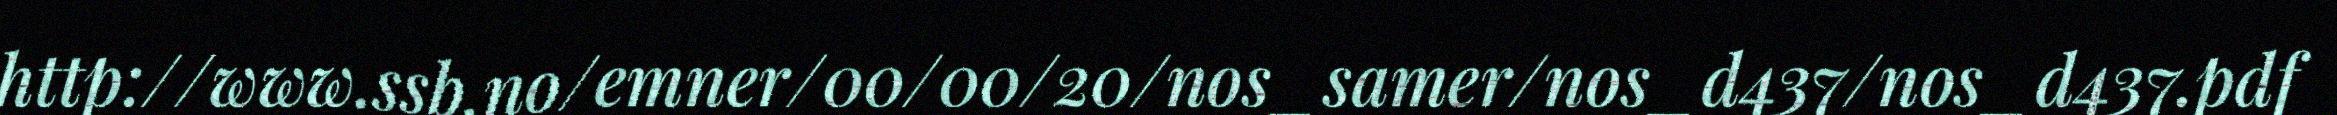
http://www.ssb.no/emner/00/00/20/nos_samer/nos_d437/nos_d437.pdf